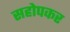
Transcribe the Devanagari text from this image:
सहोपकर